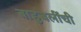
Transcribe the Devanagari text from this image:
बाहुबलींची